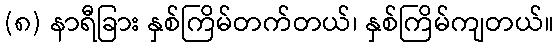
(၈) နာရီခြား နှစ်ကြိမ်တက်တယ်၊ နှစ်ကြိမ်ကျတယ်။